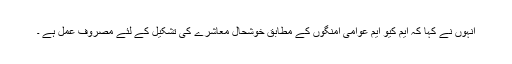
انہوں نے کہا کہ ایم کیو ایم عوامی امنگوں کے مطابق خوشحال معاشرے کی تشکیل کے لئے مصروف عمل ہے ۔